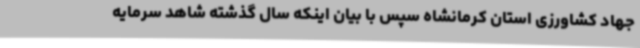
جهاد کشاورزی استان کرمانشاه سپس با بیان اینکه سال گذشته شاهد سرمایه